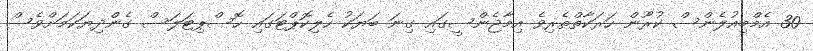
30 އެމްބިއުލެންސް ކުރޫން ހަރަކާތްތެރިވެ އިމާޖެންސީގައި ގިނަ ބަޔަކު ހެލިކޮޕްޓަގައި ހޮސްޕިޓަލަސް ގެންދިޔަކަމަށްވެސް